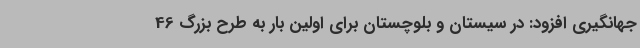
جهانگیری افزود: در سیستان و بلوچستان برای اولین بار به طرح بزرگ 46